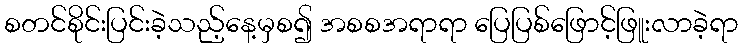
စတင်စိုင်းပြင်းခဲ့သည့်နေ့မှစ၍ အစစအရာရာ ပြေပြစ်ဖြောင့်ဖြူးလာခဲ့ရာ